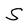
Character: S